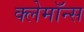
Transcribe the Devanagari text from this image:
क्लेमॉन्स